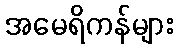
အမေရိကန်များ